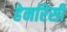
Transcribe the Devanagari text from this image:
हेनरिसी